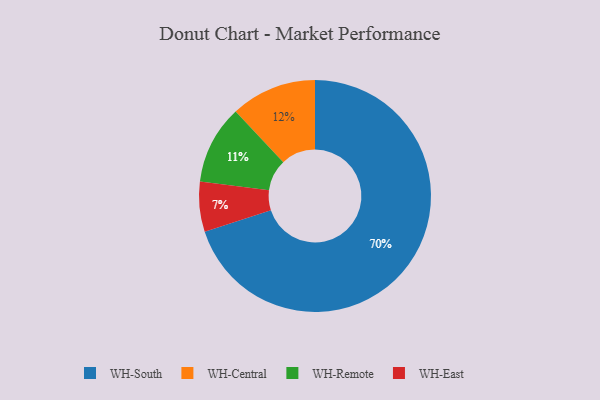
{"axis": {"x": "Category", "y": "Percentage"}, "legend": ["WH-Central", "WH-East", "WH-Remote", "WH-South"], "data": [{"x": "WH-East", "y": 7, "type": "WH-East"}, {"x": "WH-South", "y": 70, "type": "WH-South"}, {"x": "WH-Remote", "y": 11, "type": "WH-Remote"}, {"x": "WH-Central", "y": 12, "type": "WH-Central"}]}